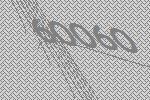
60060